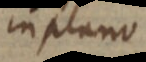
in plano